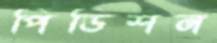
পিডিশন